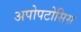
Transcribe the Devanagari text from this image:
अपोपटोसिस